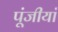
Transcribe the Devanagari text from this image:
पूंजीयां